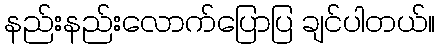
နည်းနည်းလောက်ပြောပြ ချင်ပါတယ်။